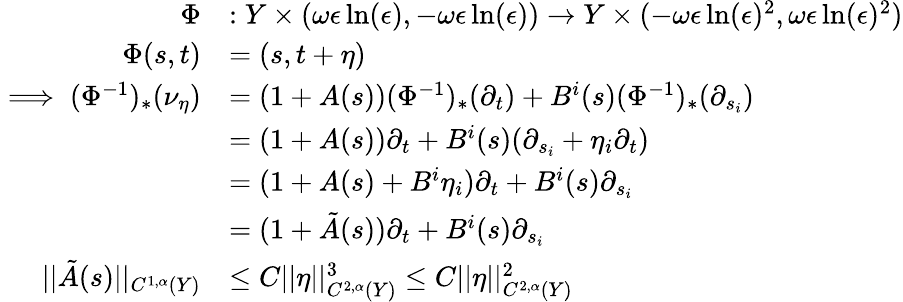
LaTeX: \begin{array}{rl}{\Phi}&{:Y\times(\omega\epsilon\ln(\epsilon),-\omega\epsilon\ln(\epsilon))\to Y\times(-\omega\epsilon\ln(\epsilon)^{2},\omega\epsilon\ln(\epsilon)^{2})}\\ {\Phi(s,t)}&{=(s,t+\eta)}\\ {\implies(\Phi^{-1})_{*}(\nu_{\eta})}&{=(1+A(s))(\Phi^{-1})_{*}(\partial_{t})+B^{i}(s)(\Phi^{-1})_{*}(\partial_{s_{i}})}\\ &{=(1+A(s))\partial_{t}+B^{i}(s)(\partial_{s_{i}}+\eta_{i}\partial_{t})}\\ &{=(1+A(s)+B^{i}\eta_{i})\partial_{t}+B^{i}(s)\partial_{s_{i}}}\\ &{=(1+\tilde{A}(s))\partial_{t}+B^{i}(s)\partial_{s_{i}}}\\ {||\tilde{A}(s)||_{C^{1,\alpha}(Y)}}&{\leq C||\eta||_{C^{2,\alpha}(Y)}^{3}\leq C||\eta||_{C^{2,\alpha}(Y)}^{2}}\end{array}